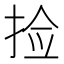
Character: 捡